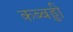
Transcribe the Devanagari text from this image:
कब्बड्डी